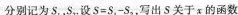
分别记为S_{1}，S_{2}。设$$S = S _ { 1 } - S _ { 2 }$$，写出S关于x的函数